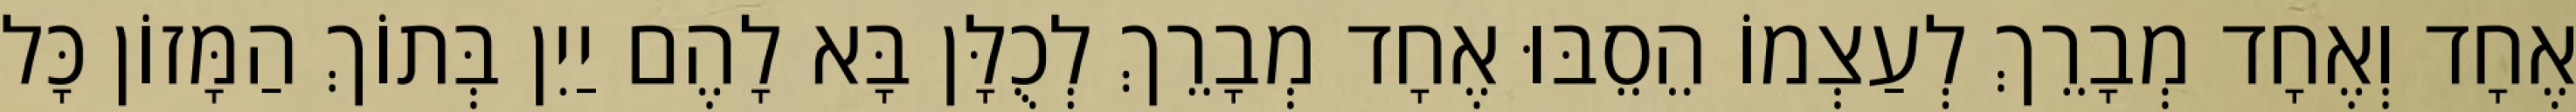
אֶחָד וְאֶחָד מְבָרֵךְ לְעַצְמוֹ הֵסֵבּוּ אֶחָד מְבָרֵךְ לְכֻלָּן בָּא לָהֶם יַיִן בְּתוֹךְ הַמָּזוֹן כָּל